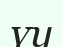
үу